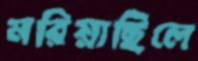
মরিয়াছিলে